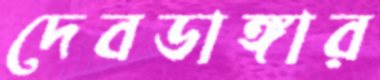
দেবডাঙ্গার